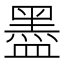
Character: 𥂮